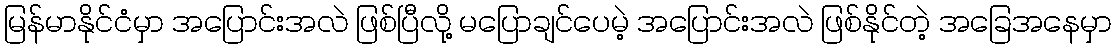
မြန်မာနိုင်ငံမှာ အပြောင်းအလဲ ဖြစ်ပြီလို့ မပြောချင်ပေမဲ့ အပြောင်းအလဲ ဖြစ်နိုင်တဲ့ အခြေအနေမှာ